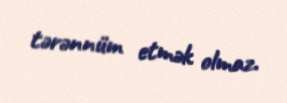
tərənnüm etmək olmaz.